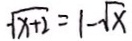
\sqrt { x + 2 } = 1 - \sqrt { x }